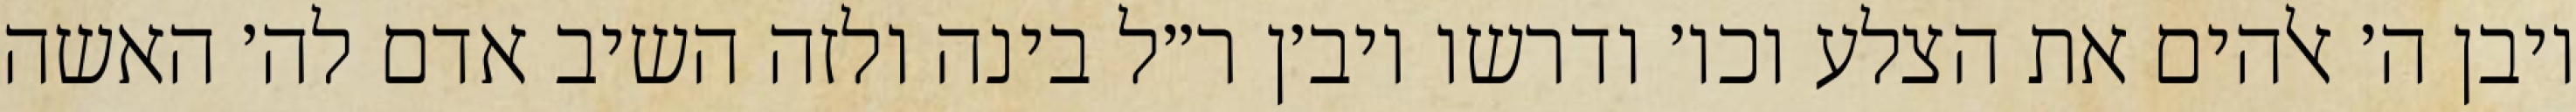
ויבן ה׳ אלהים את הצלע וכו׳ ודרשו ויב׳ן ר״ל בינה ולזה השיב אדם לה׳ האשה